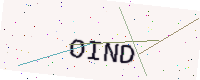
Text: OIND